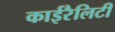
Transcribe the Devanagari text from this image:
काईरैलिटी